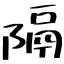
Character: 隔